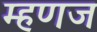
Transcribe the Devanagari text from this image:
म्हणज